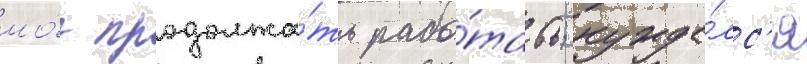
мо́г продолжа́ть рабо́тать; нужда́лс'я